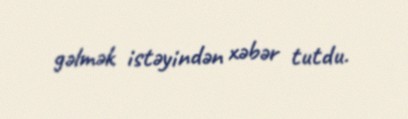
gəlmək istəyindən xəbər tutdu.